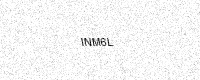
Text: INM6L